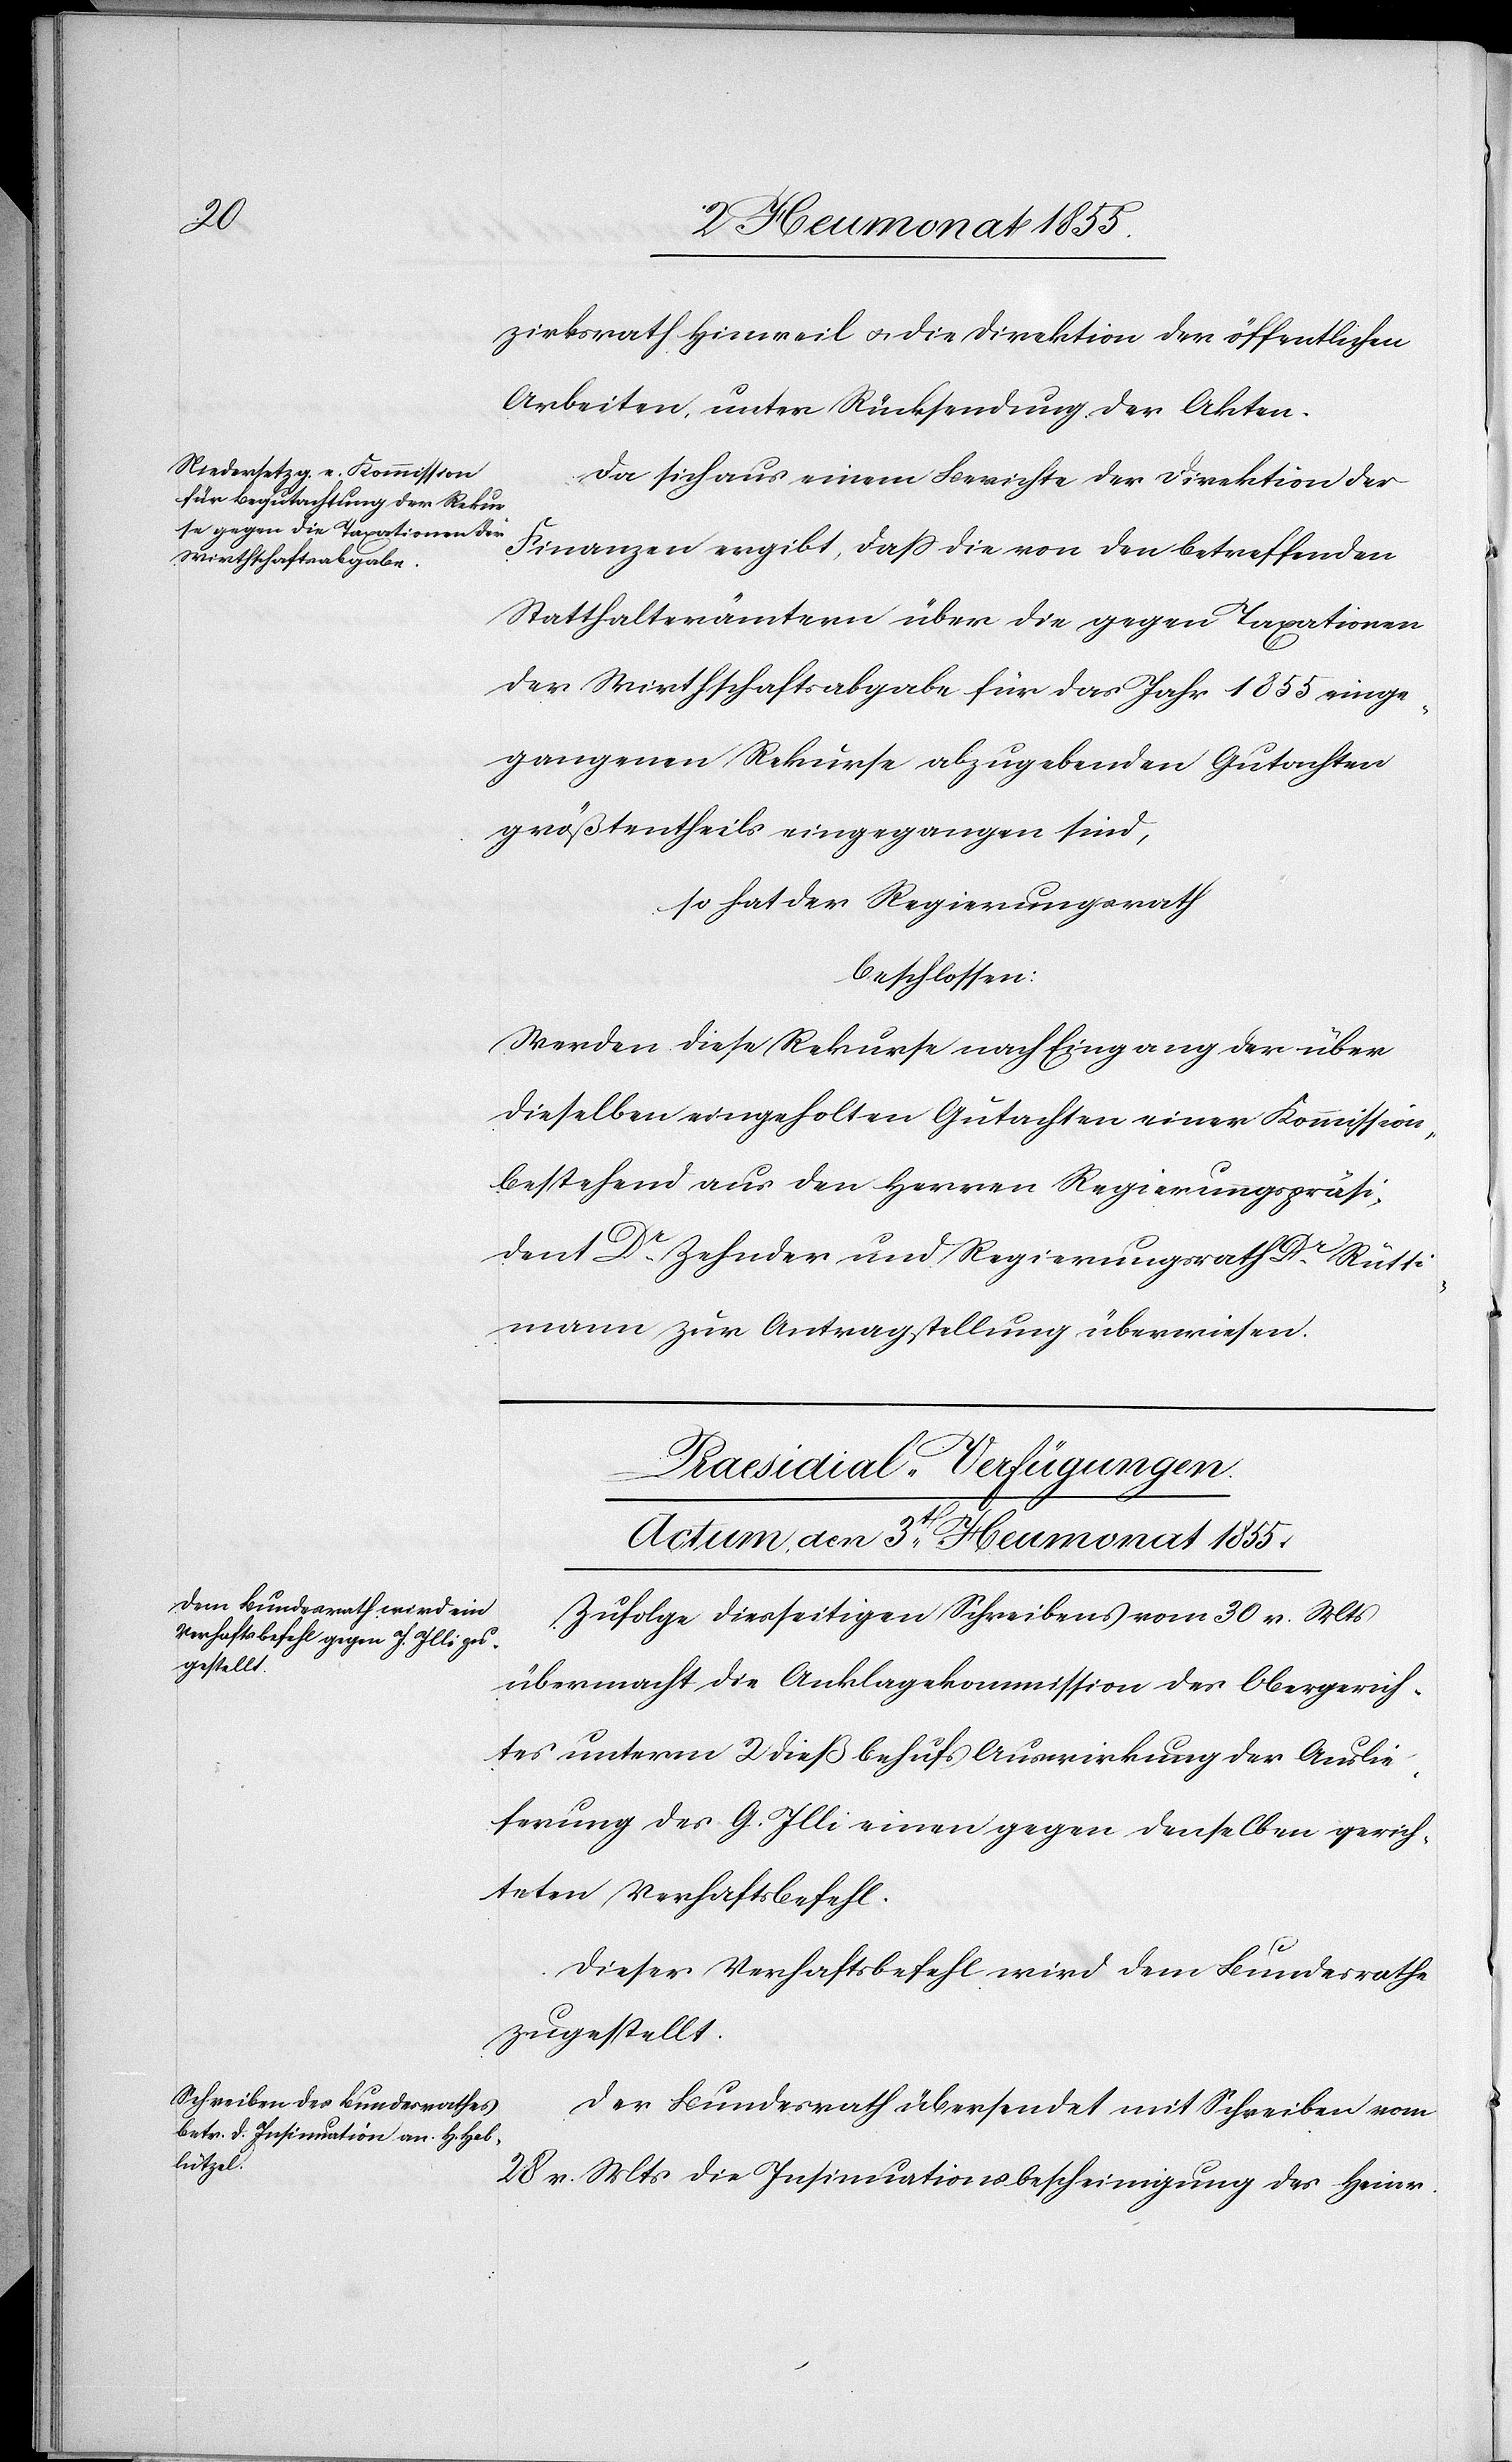
zirksrath Hinweil & die Direktion der öffentlichen
Arbeiten, unter Rücksendung der Akten.
Da sich aus einem Berichte der Direktion der
Finanzen ergibt, dass die von den betreffenden
Statthalterämtern über die gegen Taxationen
der Wirthschaftsabgabe für das Jahr 1855 einge¬
gangenen Rekurse abzugebenden Gutachten
größtentheils eingegangen sind,
so hat der Regierungsrath
beschlossen:
Werden diese Rekurse nach Eingang der über
dieselben eingeholten Gutachten einer Kommission,
bestehend aus den Herren Regierungspräsi¬
dent Dr. Zehnder und Regierungsrath Dr. Rütti¬
mann zur Antragstellung überwiesen.
[Praesidial-Verfügungen.
Actum, den 3t[en] Heumonat 1855.]
Zufolge diesseitigen Schreibens vom 30 v. Mts
übermacht die Anklagekommission des Obergerich¬
tes unterm 2 dieß behufs Auswirkung der Auslie¬
ferung des G. Illi einen gegen denselben gerich¬
teten Verhaftsbefehl.
Dieser Verhaftsbefehl wird dem Bundesrathe
zugestellt.
Der Bundesrath übersendet mit Schreiben vom
28 v. Mts die Insinuationsbescheinigung des Heinr.